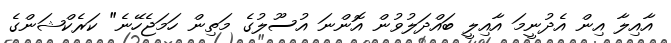
އާއިލާ އިން އެދުނީމަ އާއިލީ ބައްދަލުވުން އޮންނަ އުސޫލުގެ މަތިން ހަމަޖެހޭނެ" ކަރެކްޝަންގެ